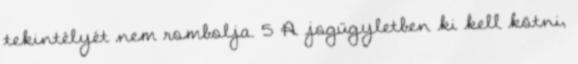
tekintélyét nem rombolja. 5 A jogügyletben ki kell kötni,